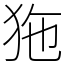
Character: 狏